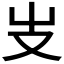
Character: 𠬢